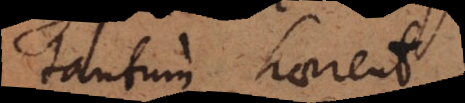
tantum haerent.